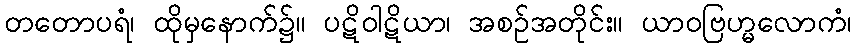
တတောပရံ၊ ထိုမှနောက်၌။ ပဋိဝါဋိယာ၊ အစဉ်အတိုင်း။ ယာဝဗြဟ္မလောကံ၊